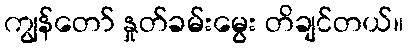
ကျွန်တော် နှုတ်ခမ်းမွေး တိချင်တယ်။